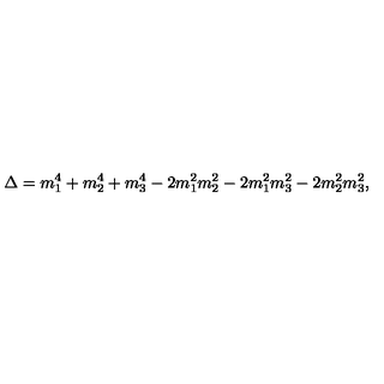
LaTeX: \Delta = m _ { 1 } ^ { 4 } + m _ { 2 } ^ { 4 } + m _ { 3 } ^ { 4 } - 2 m _ { 1 } ^ { 2 } m _ { 2 } ^ { 2 } - 2 m _ { 1 } ^ { 2 } m _ { 3 } ^ { 2 } - 2 m _ { 2 } ^ { 2 } m _ { 3 } ^ { 2 } ,